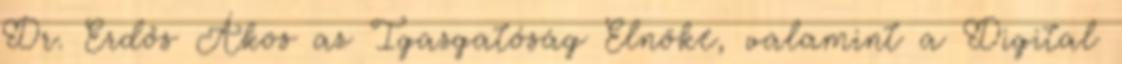
Dr. Erdős Ákos az Igazgatóság Elnöke, valamint a Digital